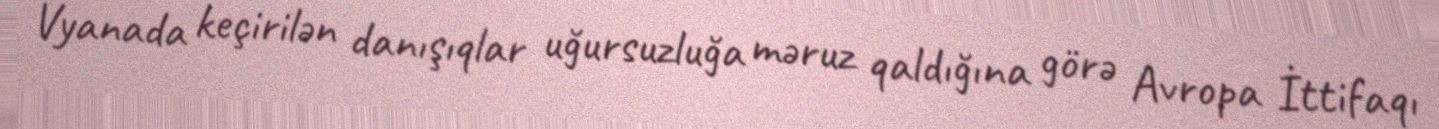
Vyanada keçirilən danışıqlar uğursuzluğa məruz qaldığına görə Avropa İttifaqı